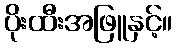
ပိုးထီးအဖြူနှင့်။